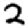
Digit: 2